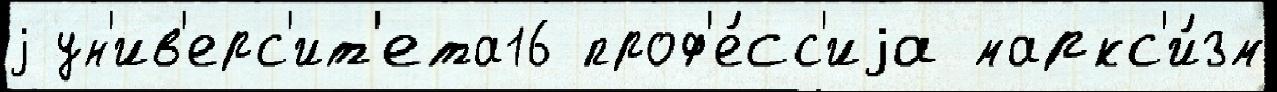
j ун'ив'ерс'ит'ета16 проф'е́сс'иjа маркс'и́зм